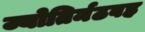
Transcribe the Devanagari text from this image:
ज्योतिर्मठवह